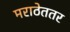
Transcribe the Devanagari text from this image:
मराठेततर